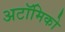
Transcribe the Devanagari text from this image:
अटॉमिको